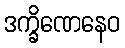
ဒက္ခိဏေနေဝ